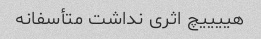
هییییچ اثری نداشت متأسفانه